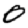
Digit: 0